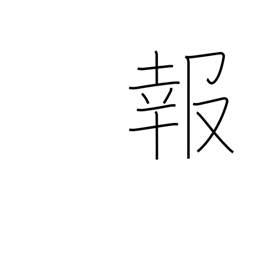
Meaning: news